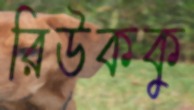
রিউককু